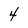
Character: 4